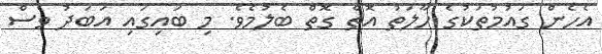
އެހެން ގައުމުތަކުގެ ހާލަތު އޮތް ގޮތް ބެލުމެވެ. މި ބައިގައި އަބަދު ވެސް